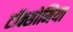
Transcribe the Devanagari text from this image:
टॉक्सोमिया